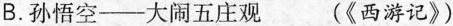
B.孙悟空——大闹五庄观 (《西游记》)